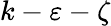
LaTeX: k-\varepsilon-\zeta